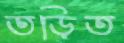
তড়িত